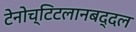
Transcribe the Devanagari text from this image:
टेनोच्टिटलानबद्दल